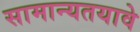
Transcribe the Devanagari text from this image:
सामान्यतयावे